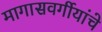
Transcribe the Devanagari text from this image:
मागासवर्गीयांचे